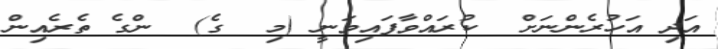
އަދި އަހުރެންނަށް  ކުރައްވާފައިވަނީ (މި  ގެ)  ންގެ ތެރެއިން